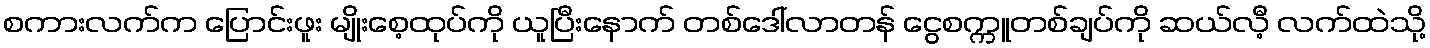
စကားလက်က ပြောင်းဖူး မျိုးစေ့ထုပ်ကို ယူပြီးနောက် တစ်ဒေါ်လာတန် ငွေစက္ကူတစ်ချပ်ကို ဆယ်လီ့ လက်ထဲသို့